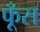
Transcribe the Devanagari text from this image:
फूँस